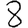
Digit: 8